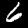
Digit: 6